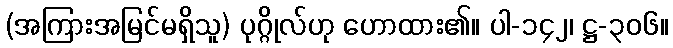
(အကြားအမြင်မရှိသူ) ပုဂ္ဂိုလ်ဟု ဟောထား၏။ ပါ-၁၄၂၊ ဋ္ဌ-၃၀၆။